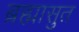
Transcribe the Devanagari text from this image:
ब्रह्मासुत